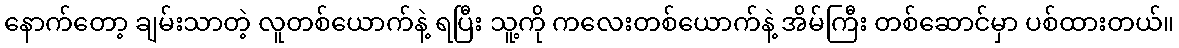
နောက်တော့ ချမ်းသာတဲ့ လူတစ်ယောက်နဲ့ ရပြီး သူ့ကို ကလေးတစ်ယောက်နဲ့ အိမ်ကြီး တစ်ဆောင်မှာ ပစ်ထားတယ်။